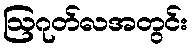
ဩဂုတ်လအတွင်း